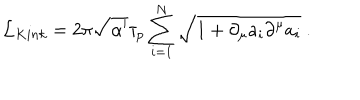
{ \cal L } _ { K i n k } = 2 \pi \sqrt { \alpha ^ { \prime } } \tau _ { p } \sum _ { i = 1 } ^ { N } \sqrt { 1 + \partial _ { \mu } a _ { i } \partial ^ { \mu } a _ { i } } \ .